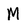
Character: M